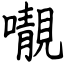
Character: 𡃁